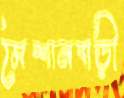
মৈশানবাড়ী